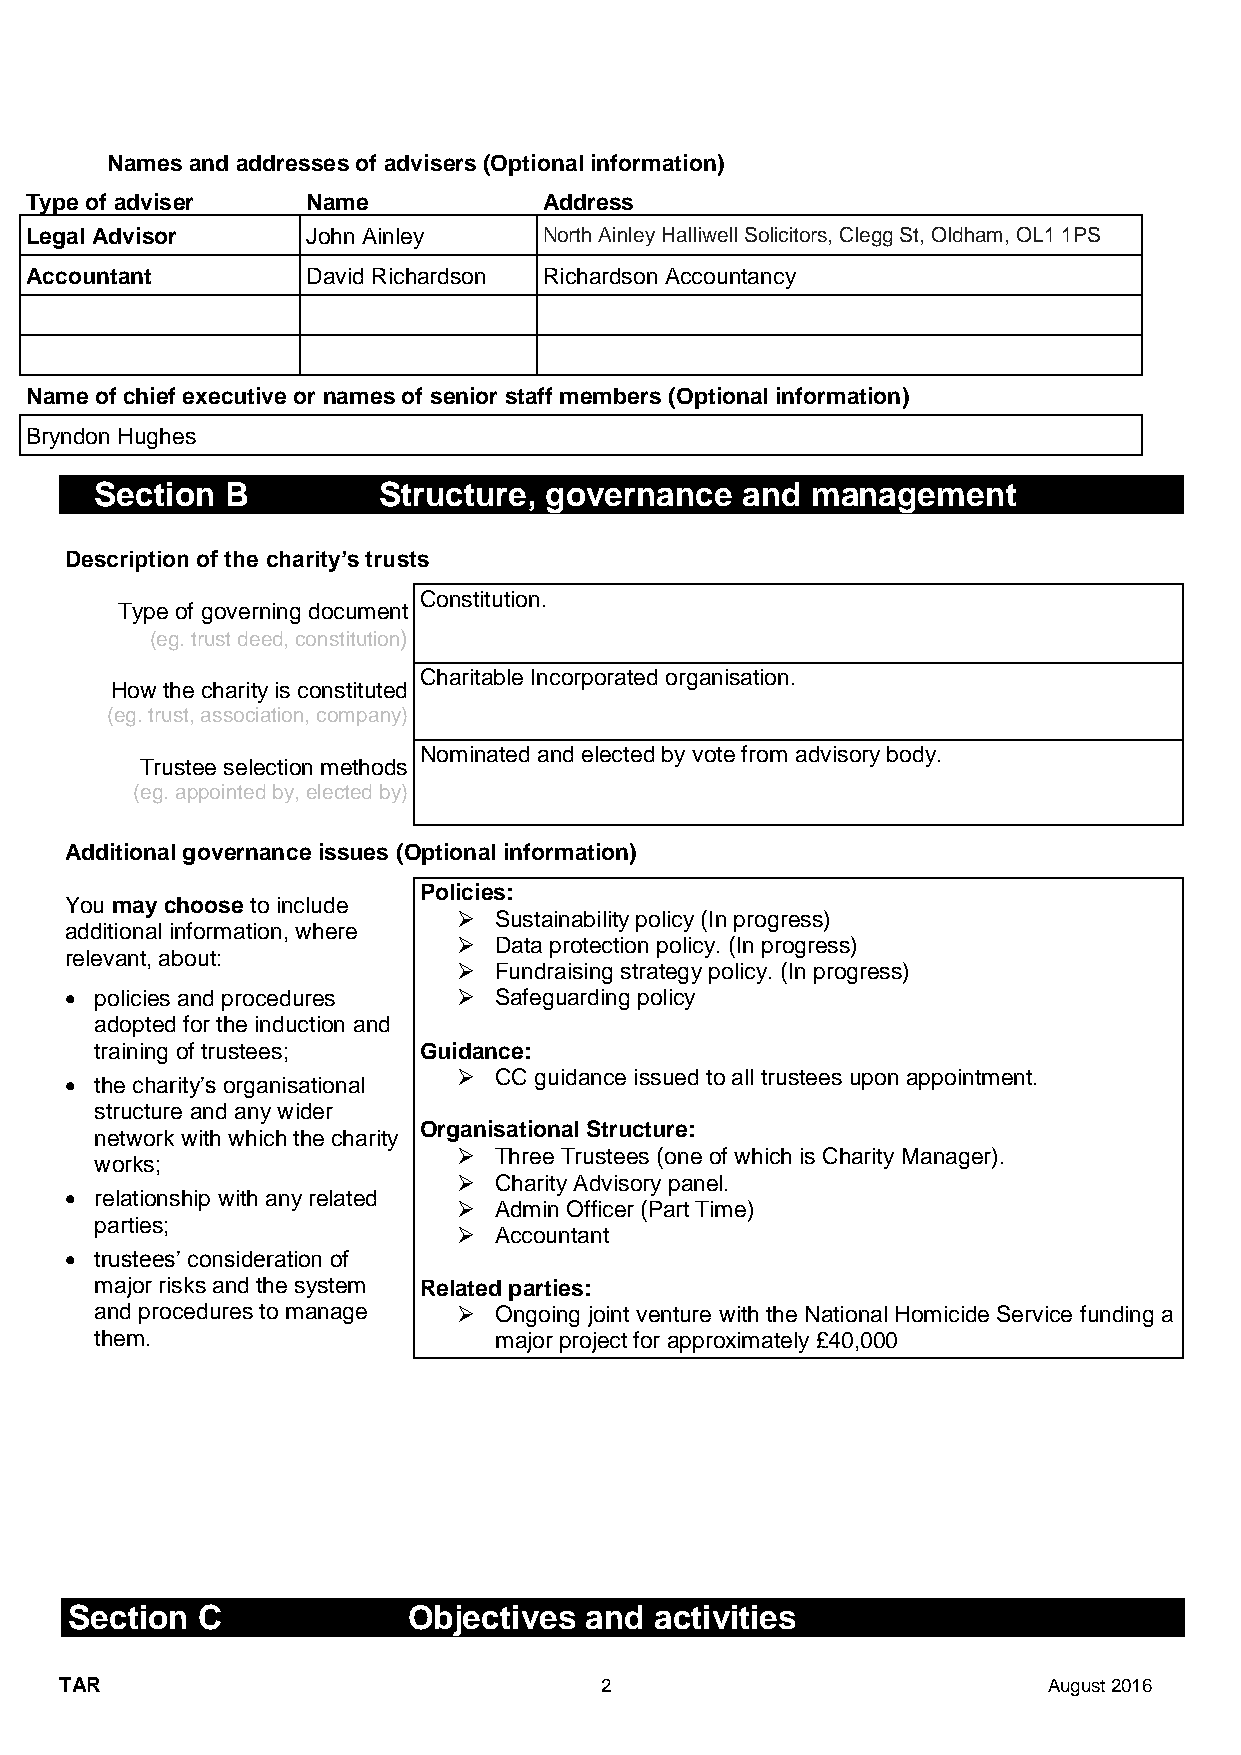
Names and addresses of advisers (Optional information)
 Type of adviser   Name            Address
 Legal Advisor     John Ainley     North Ainley Halliwell Solicitors, Clegg St, Oldham, OL1 1PS
 Accountant        David Richardson Richardson Accountancy
 Name of chief executive or names of senior staff members (Optional information)
 Bryndon Hughes
 Section  B         Structure, governance   and  management
 Description of the charity’s trusts
 Constitution.
 Type of governing document
 (eg. trust deed, constitution)
 Charitable Incorporated organisation.
 How the charity is constituted
 (eg. trust, association, company)
 Nominated and elected by vote from advisory body.
 Trustee selection methods
 (eg. appointed by, elected by)
 Additional governance issues (Optional information)
 Policies:
 You may choose to include
 ➢  Sustainability policy (In progress)
 additional information, where
 ➢  Data protection policy. (In progress)
 relevant, about:
 ➢  Fundraising strategy policy. (In progress)
 • policies and procedures ➢  Safeguarding policy
 adopted for the induction and
 training of trustees; Guidance:
 ➢  CC guidance issued to all trustees upon appointment.
 • the charity’s organisational
 structure and any wider
 Organisational Structure:
 network with which the charity
 ➢  Three Trustees (one of which is Charity Manager).
 works;
 ➢  Charity Advisory panel.
 • relationship with any related
 ➢  Admin Officer (Part Time)
 parties;
 ➢  Accountant
 • trustees’ consideration of
 major risks and the system Related parties:
 and procedures to manage ➢ Ongoing joint venture with the National Homicide Service funding a
 them.                      major project for approximately £40,000
 Section  C             Objectives  and activities
 TAR                                 2                            August 2016